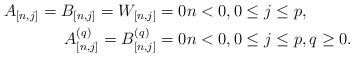
LaTeX: \begin{align*}A_{[n,j]}=B_{[n,j]}=W_{[n,j]} & =0n<0,0\leq j\leq p,\\A_{[n,j]}^{(q)}=B_{[n,j]}^{(q)} & =0n<0,0\leq j\leq p,q\geq 0.\end{align*}